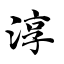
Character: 淳